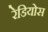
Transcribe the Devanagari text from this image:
रेडियोस